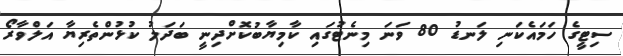
ސިޓީގެ ހަމައެކަނި ލަނޑު 80 ވަނަ މިނެޓުގައި ކާމިޔާބުކޮށްދިނީ ބަދަލު ކުޅުންތެރިޔާ އަލްވާރޯ